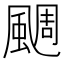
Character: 𩗪